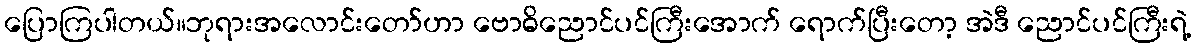
ပြောကြပါတယ်။ဘုရားအလောင်းတော်ဟာ ဗောဓိညောင်ပင်ကြီးအောက် ရောက်ပြီးတော့ အဲဒီ ညောင်ပင်ကြီးရဲ့